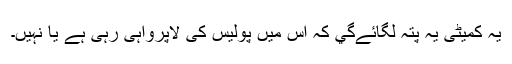
یہ کمیٹی یہ پتہ لگائےگي کہ اس میں پولیس کی لاپرواہی رہی ہے یا نہیں۔